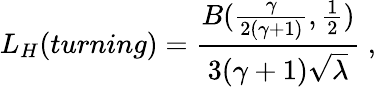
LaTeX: L_{H}(turning)=\frac{B(\frac{\gamma}{2(\gamma+1)},\frac 12)}{3(\gamma+1)\sqrt{\lambda}}\ ,